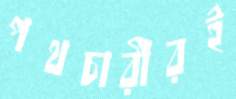
পথচারীরই